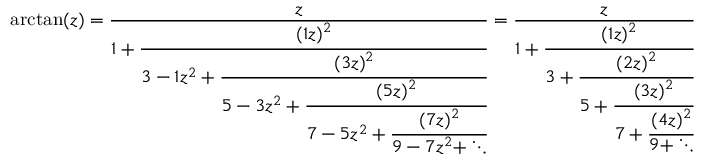
\arctan ( z ) = { \frac { z } { 1 + { \cfrac { ( 1 z ) ^ { 2 } } { 3 - 1 z ^ { 2 } + { \cfrac { ( 3 z ) ^ { 2 } } { 5 - 3 z ^ { 2 } + { \cfrac { ( 5 z ) ^ { 2 } } { 7 - 5 z ^ { 2 } + { \cfrac { ( 7 z ) ^ { 2 } } { 9 - 7 z ^ { 2 } + \ddots } } } } } } } } } } = { \frac { z } { 1 + { \cfrac { ( 1 z ) ^ { 2 } } { 3 + { \cfrac { ( 2 z ) ^ { 2 } } { 5 + { \cfrac { ( 3 z ) ^ { 2 } } { 7 + { \cfrac { ( 4 z ) ^ { 2 } } { 9 + \ddots } } } } } } } } } }